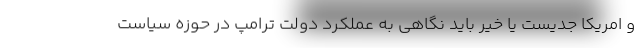
و امریکا جدیست یا خیر باید نگاهی به عملکرد دولت ترامپ در حوزه سیاست